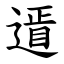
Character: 䢥